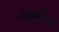
તબીબ